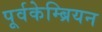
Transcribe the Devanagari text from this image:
पूर्वकेम्ब्रियन